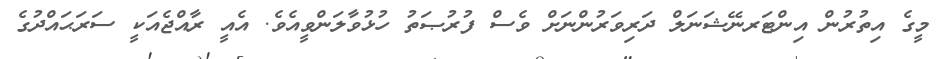
މީގެ އިތުރުން އިންޓަރނޭޝަނަލް ދަރިވަރުންނަށް ވެސް ފުރުޞަތު ހުޅުވާލަންވީއެވެ. އެއީ ރާއްޖެއަކީ ސަރަޙައްދުގެ